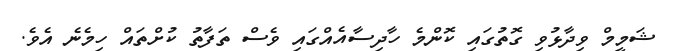
ޝަމީމް ވިދާޅުވި ގޮތުގައި ކޮންމެ ހާދިސާއެއްގައި ވެސް ތަފާތު ކުށްތައް ހިމެނެ އެވެ.